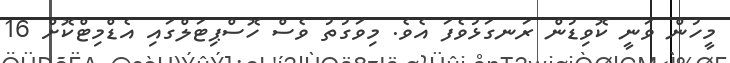
މީހުން ވަނީ ކޮވިޑުން ރަނގަޅުވެފަ އެވެ. މިވަގުތު ވެސް ހޮސްޕިޓަލްގައި އެޑްމިޓްކޮށް 16